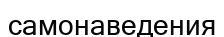
самонаведения